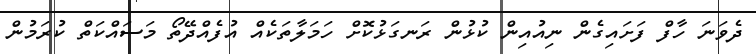
ދެވަނަ ހާފް ފަށައިގެން ނިއުއިން ކުޅުން ރަނގަޅުކޮށް ހަމަލާތަކެއް އުފެއްދޭތޯ މަސައްކަތް ކުރަމުން